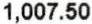
1,007.50